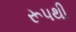
રૂપથી